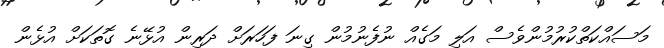
މަސައްކަތްކުރުމުންވެސް އަލި މަގެއް ނުފެނުމުން ގިނަ ފަހަރަށް ދަރިން އުޅޭނެ ގޮތަކަށް އުޅެން